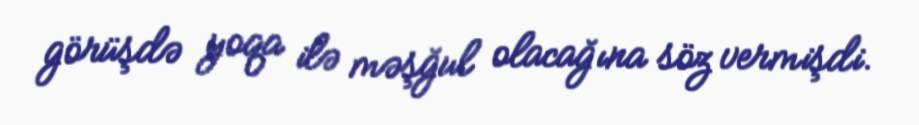
görüşdə yoqa ilə məşğul olacağına söz vermişdi.